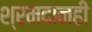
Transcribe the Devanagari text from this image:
श्रमदानही